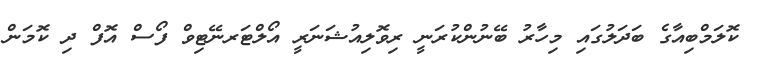
ކޮލަމްބިއާގެ ބަދަލުގައި މިހާރު ބޭނުންކުރަނީ ރިވޮލިއުޝަނަރީ އޯލްޓަރނޭޓިވް ފޯސް އޮފް ދި ކޮމަން